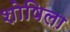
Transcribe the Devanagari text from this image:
शोषिला